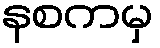
နစကမှ